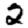
Digit: 2